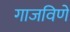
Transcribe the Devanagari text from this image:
गाजविणे